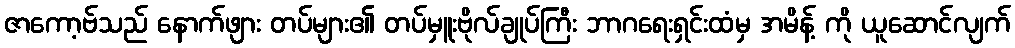
ဇာကော့ဗ်သည် နောက်ဖျား တပ်များ၏ တပ်မှူးဗိုလ်ချုပ်ကြီး ဘာဂရေးရှင်းထံမှ အမိန့် ကို ယူဆောင်လျက်